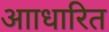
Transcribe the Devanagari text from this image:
आाधारित